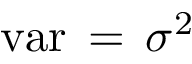
\textstyle \operatorname { v a r } \, = \, \sigma ^ { 2 }